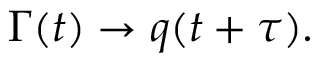
\boldsymbol { \Gamma } ( t ) \rightarrow q ( t + \tau ) .